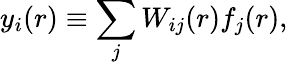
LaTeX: y_{i}(r)\equiv\sum_{j}W_{ij}(r)f_{j}(r),